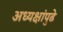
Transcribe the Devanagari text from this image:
अध्यक्षांपुढे